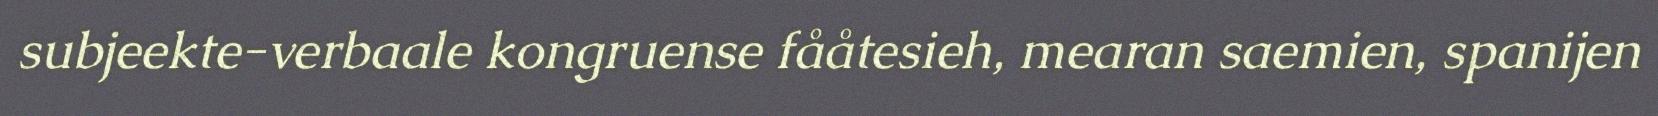
subjeekte-verbaale kongruense fååtesieh, mearan saemien, spanijen